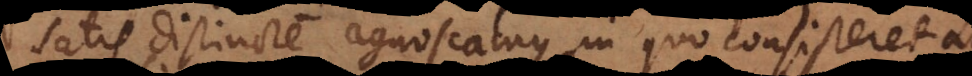
satis distincte agnoscamus, in quo consisteret a